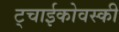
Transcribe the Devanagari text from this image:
ट्चाईकोवस्की